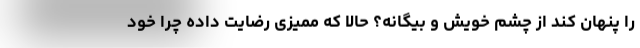
را پنهان کند از چشم خویش و بیگانه؟ حالا که ممیزی رضایت داده چرا خود